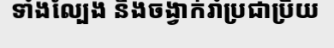
ទាំងល្បែង និងចង្វាក់រាំប្រជាប្រិយ